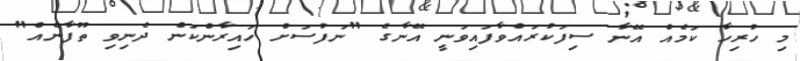
މި ހުރިހާ ކަމެއް އޭނާ ސިފަކުރައްވާފައިވަނީ އޭނާގެ "ނަފުސަށް ހައިރާންކަން ދެނިވި ތޫފާނެއް"